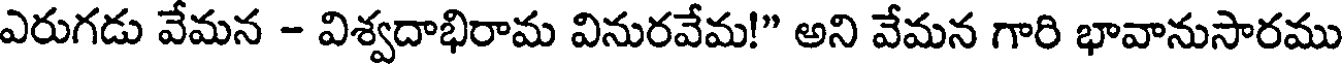
ఎరుగడు వేమన - విశ్వదాభిరామ వినురవేమ!" అని వేమన గారి భావానుసారము